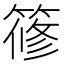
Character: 𥱤